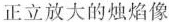
正立放大的烛焰像